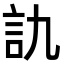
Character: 訅